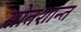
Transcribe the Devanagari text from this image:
स्रोतशान्त